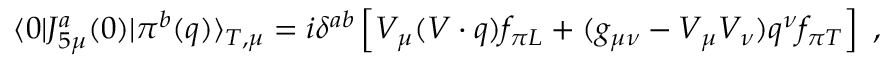
\langle 0 \vert J _ { 5 \mu } ^ { a } ( 0 ) \vert \pi ^ { b } ( q ) \rangle _ { T , \mu } = i \delta ^ { a b } \left[ V _ { \mu } ( V \cdot q ) f _ { \pi L } + ( g _ { \mu \nu } - V _ { \mu } V _ { \nu } ) q ^ { \nu } f _ { \pi T } \right] \ ,